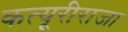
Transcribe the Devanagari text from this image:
कत्यूरीराजा